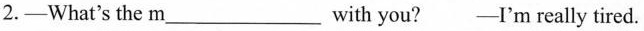
2.-What's the m___ with you? -I'm really tired.